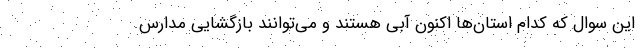
این سوال که کدام استان‌ها اکنون آبی هستند و می‌توانند بازگشایی مدارس